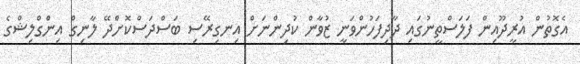
އެގޮތުން އުރީދޫއިން ފަލަސްތީނުގައި ދާދިފަހުންވަނީ ޒުވާން ކުދިންނަށް އިނގިރޭސި ބަސްދަސްކޮށްދޭ ލާނިގް އިންގްލިޝްގެ